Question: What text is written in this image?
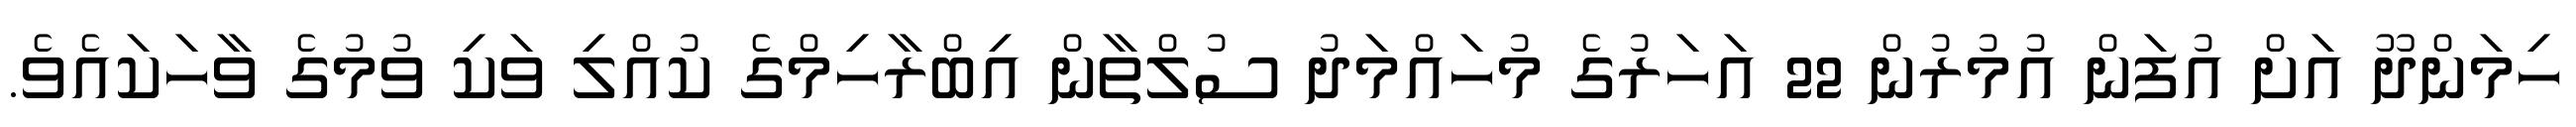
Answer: ހިމަންދޫ އަށް އުފަން އުމުރުން 22 އަހަރުގެ މުހައްމަދު ސުލްތާން އިބްރާހިމްގެ ކުއްލި ވަކި ވުމުގެ ވާހަކައެވެ.